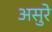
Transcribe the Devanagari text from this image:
असुरे